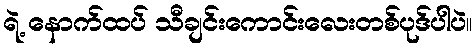
ရဲ့ နောက်ထပ် သီချင်းကောင်းလေးတစ်ပုဒ်ပါပဲ။